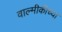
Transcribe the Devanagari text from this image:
वाल्मीकीच्या